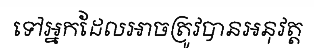
ទៅអ្នកដែលអាចត្រូវបានអនុវត្ត